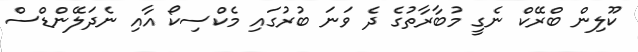
ކޫލިން ބްރޭކް ނެގީ މުބާރާތުގެ ދެ ވަނަ ބުރުގައި މެކްސިކޯ އާއި ނެދަލޭންޑްސް